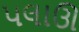
પલાઊ